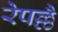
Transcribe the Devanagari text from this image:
रेपल्लै